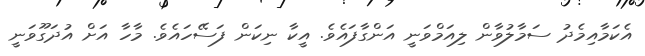
އެކަމާއިމެދު ސަމާލުވާން ލިއަމްވަނީ އަންގާފައެވެ. އީކާ ނިކަން ފަސޭހައެވެ. މާހާ އަށް އުދަގޫވަނީ